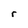
Character: r